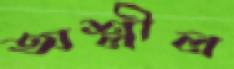
অশ্লীল